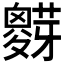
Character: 𱾷